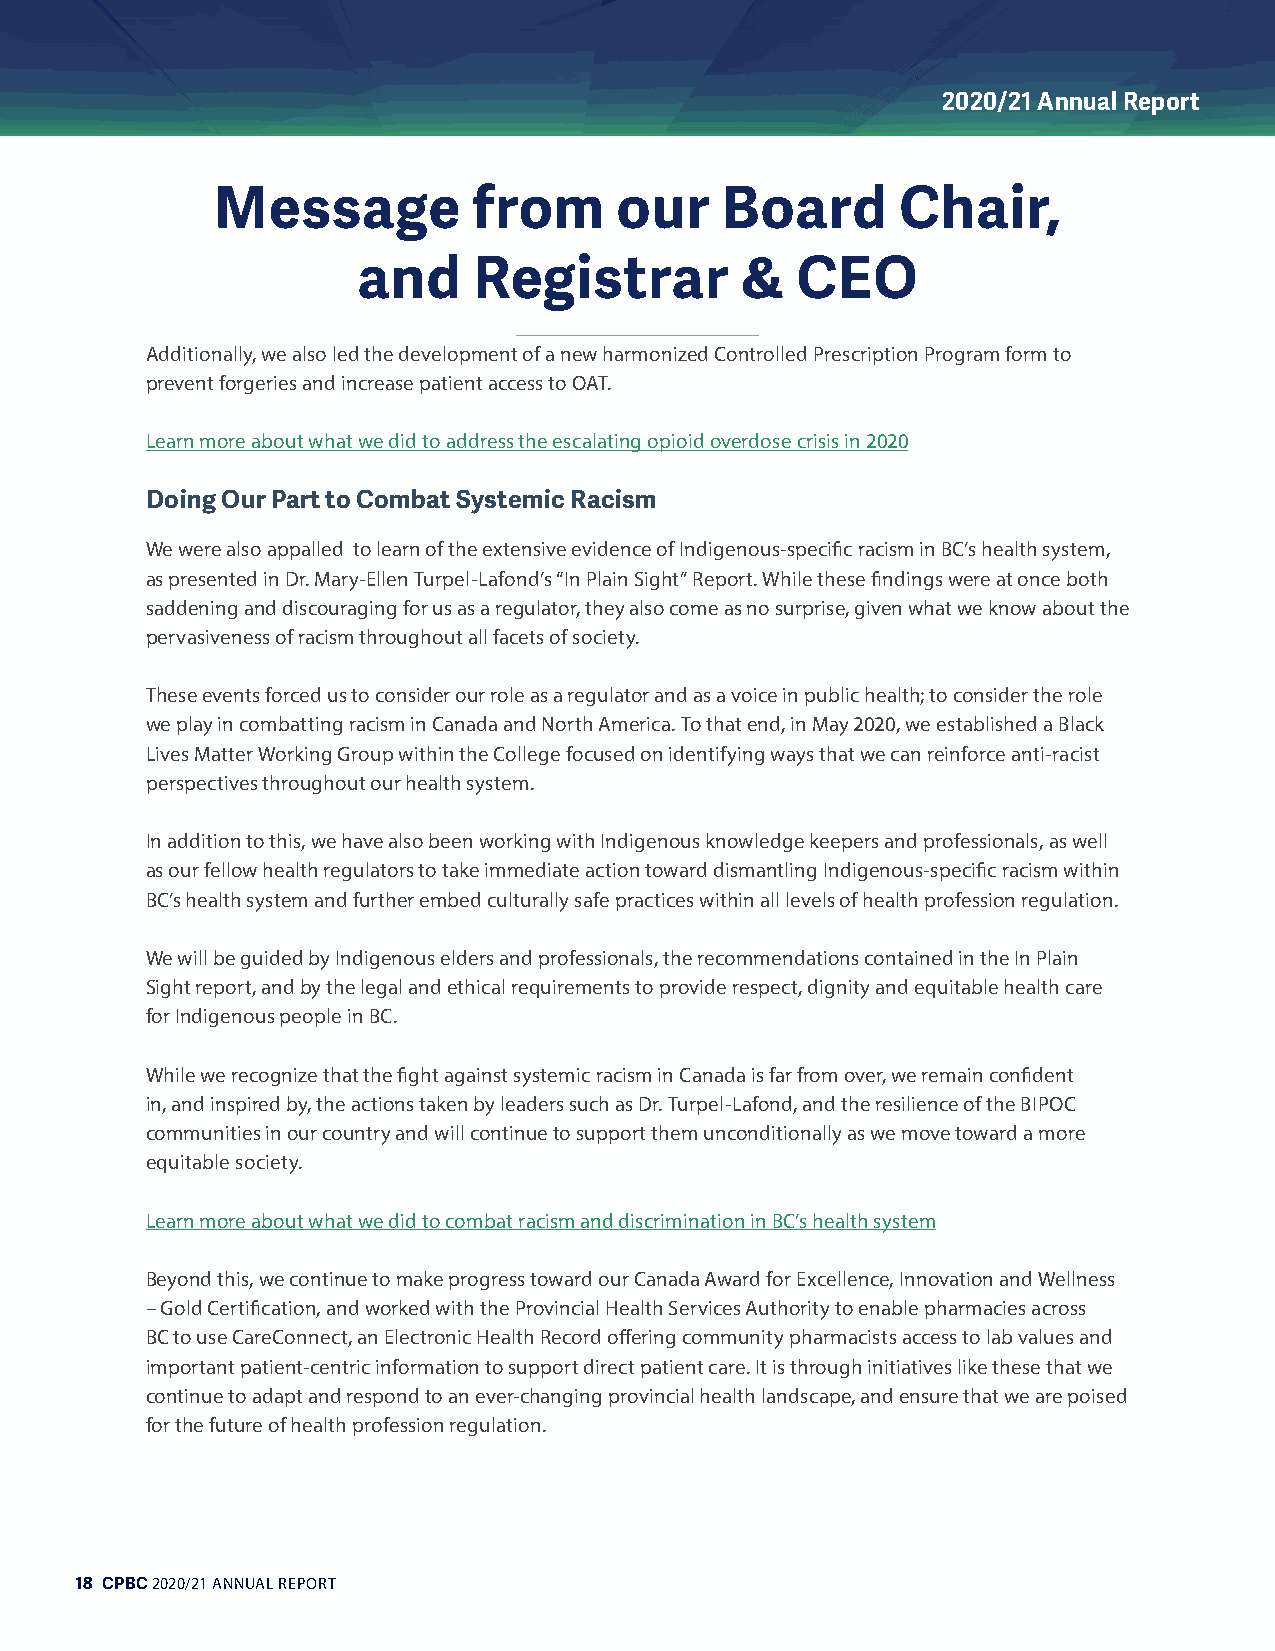
2020/21 Annual Report
 Message          from      our    Board       Chair,
 and    Registrar         &   CEO
 Additionally, we also led the development of a new harmonized Controlled Prescription Program form to
 prevent forgeries and increase patient access to OAT.
 Learn more about what we did to address the escalating opioid overdose crisis in 2020
 Doing Our Part to Combat Systemic Racism
 We were also appalled to learn of the extensive evidence of Indigenous-specific racism in BC’s health system,
 as presented in Dr. Mary-Ellen Turpel-Lafond’s “In Plain Sight” Report. While these findings were at once both
 saddening and discouraging for us as a regulator, they also come as no surprise, given what we know about the
 pervasiveness of racism throughout all facets of society.
 These events forced us to consider our role as a regulator and as a voice in public health; to consider the role
 we play in combatting racism in Canada and North America. To that end, in May 2020, we established a Black
 Lives Matter Working Group within the College focused on identifying ways that we can reinforce anti-racist
 perspectives throughout our health system.
 In addition to this, we have also been working with Indigenous knowledge keepers and professionals, as well
 as our fellow health regulators to take immediate action toward dismantling Indigenous-specific racism within
 BC’s health system and further embed culturally safe practices within all levels of health profession regulation.
 We will be guided by Indigenous elders and professionals, the recommendations contained in the In Plain
 Sight report, and by the legal and ethical requirements to provide respect, dignity and equitable health care
 for Indigenous people in BC.
 While we recognize that the fight against systemic racism in Canada is far from over, we remain confident
 in, and inspired by, the actions taken by leaders such as Dr. Turpel-Lafond, and the resilience of the BIPOC
 communities in our country and will continue to support them unconditionally as we move toward a more
 equitable society.
 Learn more about what we did to combat racism and discrimination in BC’s health system
 Beyond this, we continue to make progress toward our Canada Award for Excellence, Innovation and Wellness
 – Gold Certification, and worked with the Provincial Health Services Authority to enable pharmacies across
 BC to use CareConnect, an Electronic Health Record offering community pharmacists access to lab values and
 important patient-centric information to support direct patient care. It is through initiatives like these that we
 continue to adapt and respond to an ever-changing provincial health landscape, and ensure that we are poised
 for the future of health profession regulation.
 18 CPBC 2020/21 ANNUAL REPORT